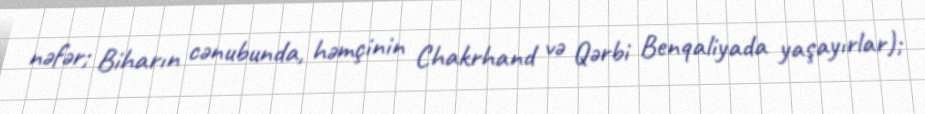
nəfər; Biharın cənubunda, həmçinin Chakrhand və Qərbi Benqaliyada yaşayırlar);